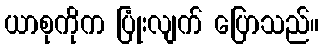
ယာစုကိုက ပြုံးလျက် ပြောသည်။